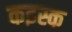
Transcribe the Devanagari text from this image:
कइस्क